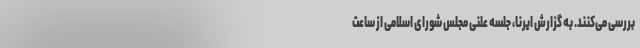
بررسی می‌کنند. به گزارش ایرنا، جلسه علنی مجلس شورای اسلامی از ساعت